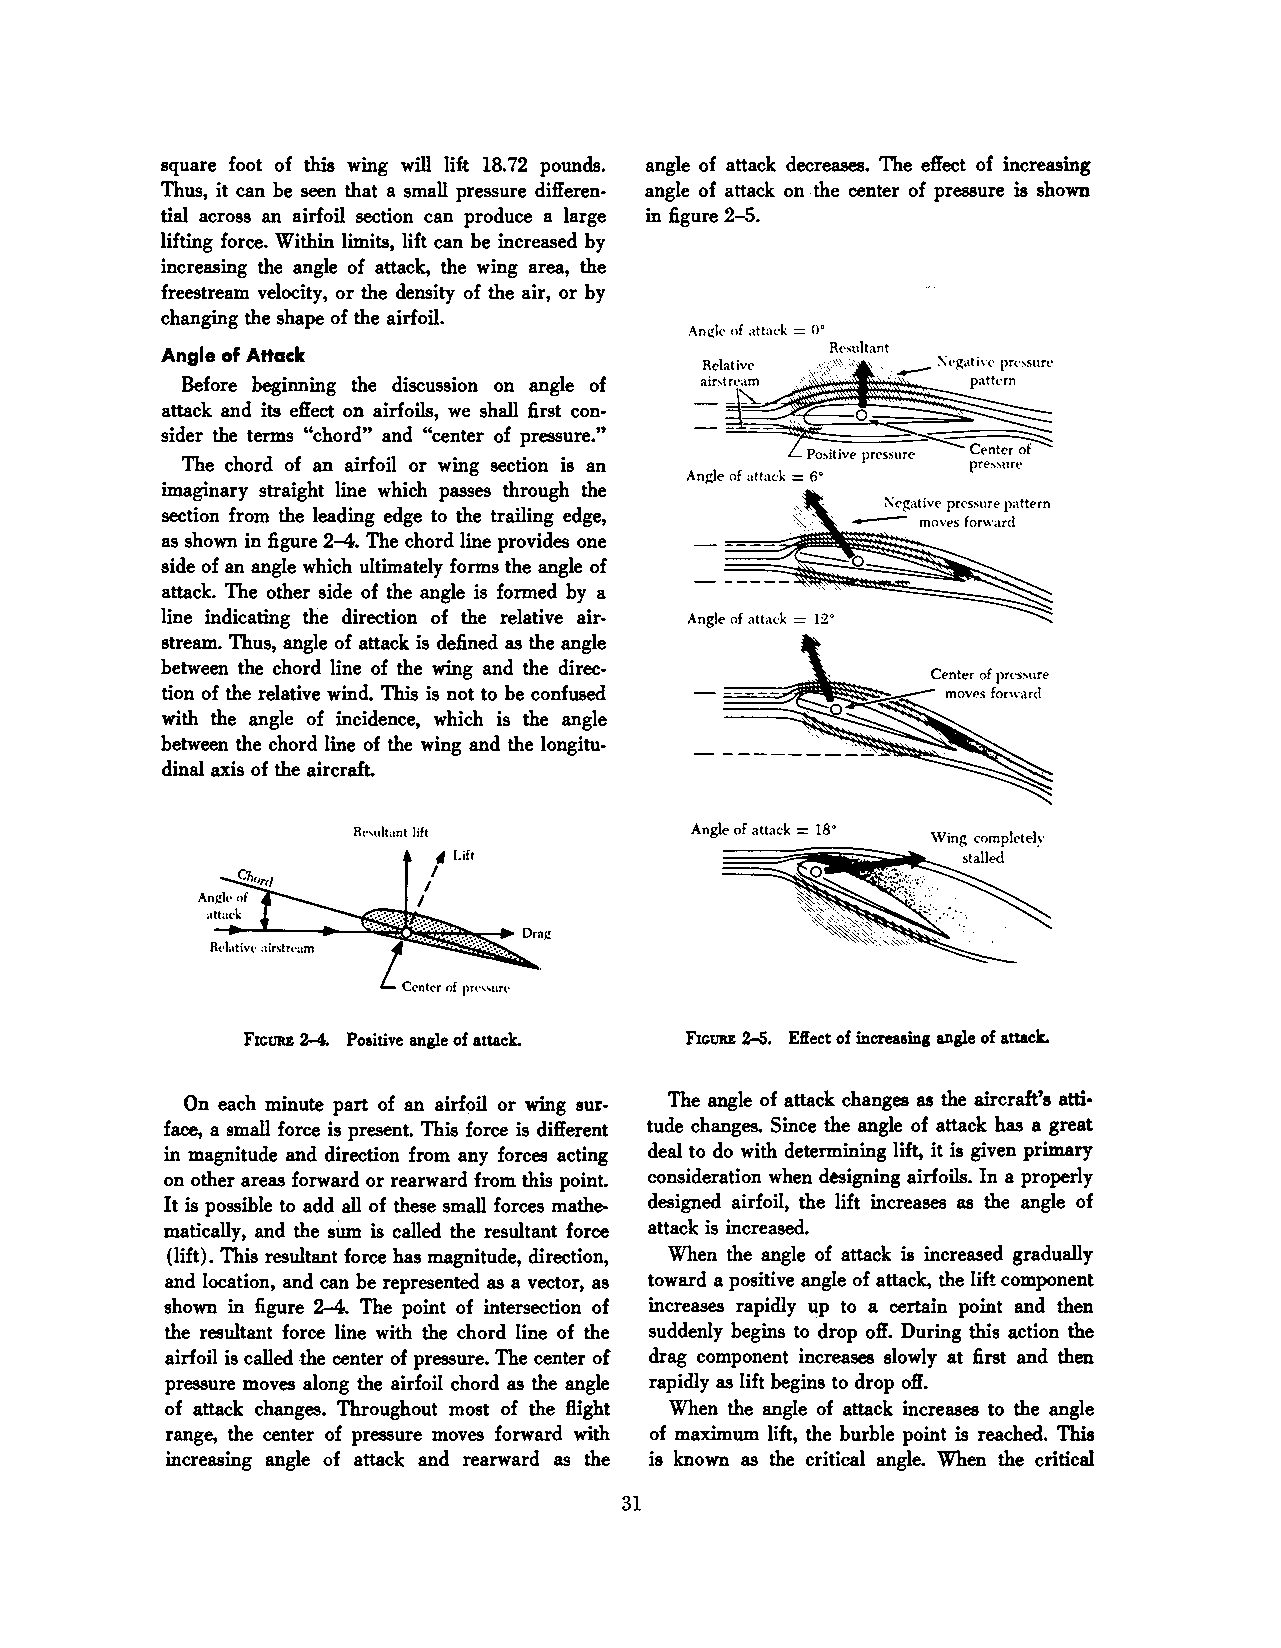
square foot of this wing will lift 18.72 pounds. angle of attack decreases. The effect of increasing
 Thus, it can be seen that a small pressure di1feren· angle of attack on the center of pressure is shown
 tial across an airfoil section can produce a large in figure 2-5.
 lifting force. Within limits, lift can be increased by
 increasing the angle of attack, the wing area, the
 freestream velocity, or the density of the air, or by
 changing the shape of the airfoil.
 An~lt• of attad< = o•
 Angle of Attack                             Rt•sultant
 Rt'lativl' ' . , :\t•):ativt• prt•,sur<·
 Before beginning the discussion on angle of =air-t n·a m .. ,: ·- patlt•rn
 attack and its effect on airfoils, we shall first con ~~-~-~·~~P~·os~ it~iv~0e~pr~l's~st~.r~C"~ ~~·~ C~e~nt~l'r~~
 sider the terms "chord" and "center of pressure."
 The chord of an airfoil or wing section is an
 An~le of attack = 6° pre,surt•
 imaginary straight line which passes through the
 section from the leading edge to the trailing edge,
 as shown in figure 2-4.. The chord line provides one
 side of an angle which ultimately forms the angle of
 attack. The other side of the angle is formed by a
 line indicating the direction of the relative air Angle of atta<·k = 12•
 stream. Thus, angle of attack is defined as the angle
 between the chord line of the wing and the direc
 tion of the relative wind. This is not to be confused
 with the angle of incidence, which is the angle
 between the chord line of the wing and the longitu·
 dinal axis of the aircraft.
 =
 Angle of attack 18•
 FIGURE 2-4. Positive angle of attack. FIGURE 2-5. Effect of increasU., angle of attack.
 On each minute part of an airf9il or wing sur The angle of attack changes as the aircraft's atti·
 face, a small force is presenL This force is different tude changes. Since the angle of attack has a great
 in magnitude and direction from any forces acting deal to do with determining lift, it is given primary
 on other areas forward or rearward from this point. consideration when designing airfoils. In a properly
 It is possible to add all of these small forces mathe designed airfoil, the lift increases as the angle of
 matically, and the siun is called the resultant force attack is increased.
 (lift). This resultant force has magnitude, direction, When the angle of attack is increased gradually
 and location, and can be represented as a vector, as toward a positive angle of attack, the lift component
 shown in figure 2-4. The point of intersection of increases rapidly up to a certain point and then
 the resultant force line with the chord line of the suddenly begins to drop off. During this action the
 airfoil is called the center of pressure. The center of drag component increases slowly at first and then
 pressure moves along the airfoil chord as the angle rapidly as lift begins to drop off.
 of attack changes. Throughout most of the ftight When the angle of attack increases to the angle
 range, the center of pressure moves forward with of maximum lift, the burble point is reached. This
 increasing angle of attack and rearward as the is known as the critical angle. When the critical
 31